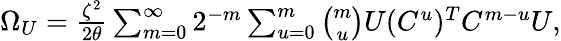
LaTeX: \begin{array}{r}{\Omega_{U}=\frac{\zeta^{2}}{2\theta}\sum_{m=0}^{\infty}{2^{-m}\sum_{u=0}^{m}{\binom{m}{u}U(C^{u})^{T}C^{m-u}U}},}\end{array}